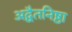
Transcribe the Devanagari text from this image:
अद्वैतनिष्ठा